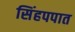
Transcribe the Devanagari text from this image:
सिंहपपात